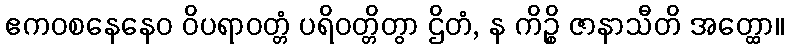
ဧကဝစနေနေဝ ဝိပရာဝတ္တံ ပရိဝတ္တိတွာ ဌိတံ, န ကိဉ္စိ ဇာနာသီတိ အတ္ထော။